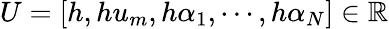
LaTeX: U=[h,hu_{m},h\alpha_{1},\cdots,h\alpha_{N}]\in\mathbb{R}